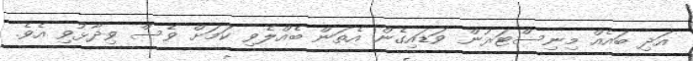
އަދި ބައެއް މިނިސްޓަރުން ވަޑައިގެން އެތަން ބެއްލެވި ކަމަށް ވެސް ވިދާޅުވި އެވެ.